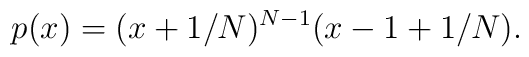
p(x) = (x + 1/N)^{N-1} (x-1+1/N).